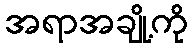
အရာအချို့ကို